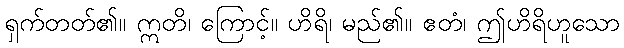
ရှက်တတ်၏။ ဣတိ၊ ကြောင့်။ ဟိရိ၊ မည်၏။ ဧတံ၊ ဤဟိရိဟူသော